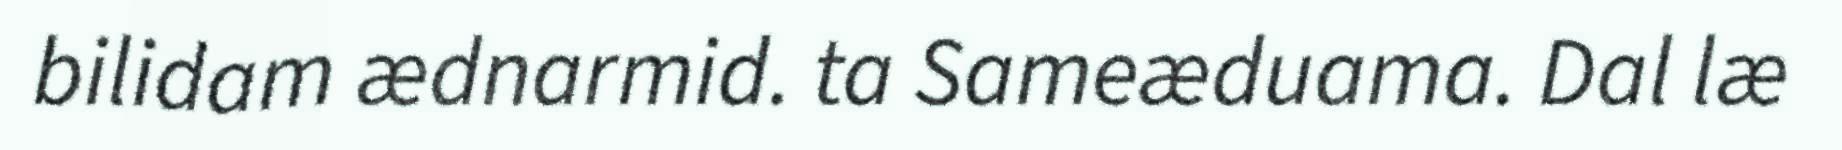
bilidam ædnarmid. ta Sameæduama. Dal læ